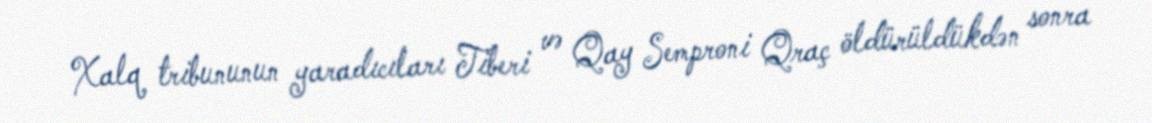
Xalq tribununun yaradıcıları Tiberi və Qay Semproni Qraç öldürüldükdən sonra